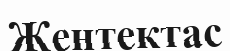
Жентектас